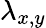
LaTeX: \lambda_{x,y}